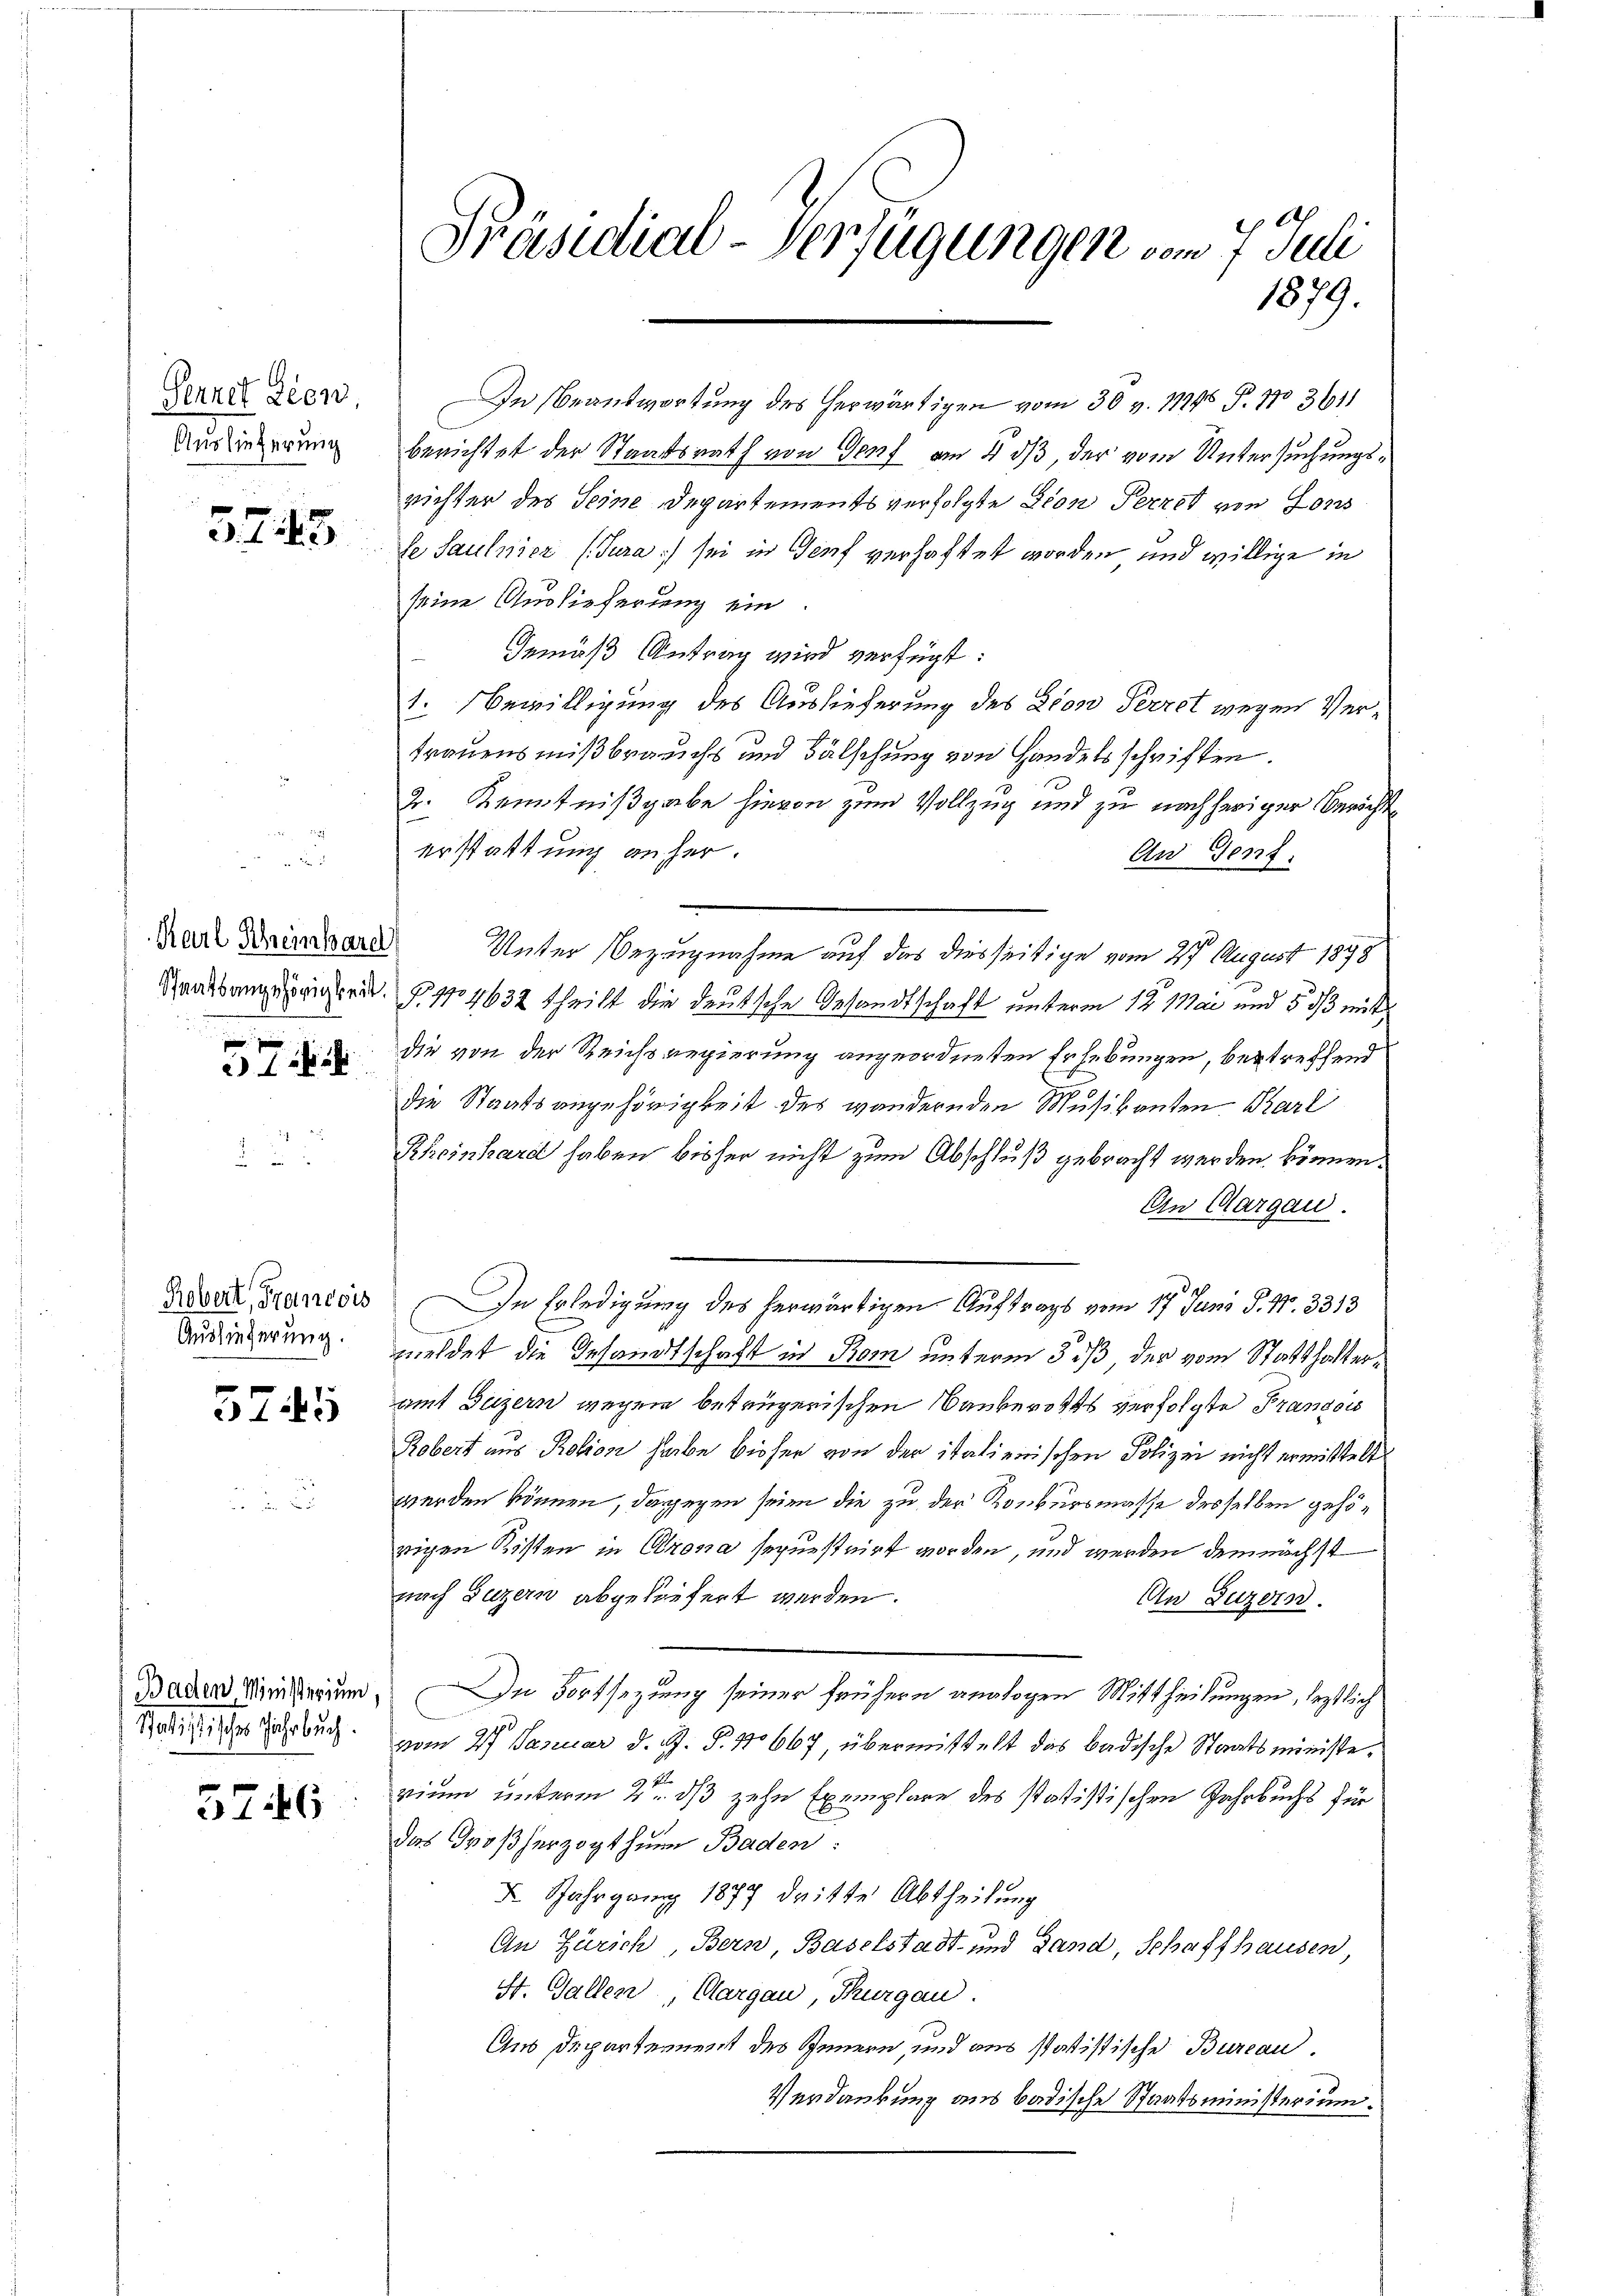
Sennet Leon,
Auslieferung

5745

Karl Schreinbare
57

Robert, Francois
Auslieferung.

5745

Baden, Ministerium.
Statistisches Jahrbuch.

5746

64
Präsidial-Verfügungen vom 7. Juli
1879.

In Beantwortung des herwärtigen vom 30 v. 11295 P. No 3611
berichtet der Staatsrath von Genf am 4. ds, der vom Untersuchungsrichter des Seine Departements verfolgte Fron Terrat von Lons
se Saulnicz (Jura) sei in Genf verhaftet worden und willige in
seine Auslieferung ein
Gemäß Antrag wird verfügt:
1. Bewilligung des Auslieferung des Dion Perret wegen Vertrauensmißbrauchs und Fälschung von Handelsschriften.
2. Kenntnißgabe hievon zum Vollzug und zu nachheriger Berichte
erstattung anher.
An Gent.
Unter Bezugnahme auf das diesseitige vom 27. August 1878
Standsangungern. F. 174632 theilt die deutsche Gesandtschaft unterm 12. Mai und 5 d mit
die von der Reichsregierung angeordneten Erhebungen, betreffend
die Staatsangehörigkeit des wandernden Musikanten Karl
Rheinhard haben bisher nicht zum Abschluß gebracht werden können.
Ein Aargau.
.
In Erledigung des herwärtigen Auftrags vom 17. Juni P. Nr. 3313
meldet die Gesandtschaft in Rom unterm 5 iß der vom Statthalteramt Luzern wegen betrügerischen Bankerotts verfolgte Franzows
Robert aus Rotion habe bisser von der italienischen Polizei nicht ermittelt
werden können, dagegen seien die zu der Konkursmasse desselben gehörigen Kisten in Crona sepuestrirt worden, und werden demnächst
nach Luzern abgeliefert werden.
An Luzern.
In Fortsezung seiner frühern analogen Mittheilungen, destlich
vom 27. Januar d. J. P. 1667, übermittelt das badische Staatsministerium unterm 2ten ds zehn Exemplare des statistischen Jahrbuchs für
das Großherzogthum Baden:
X Jahrgang 1877 dritte Abtheilung
An Zürich, Bern, Baselstadt- und Land, Schaffhausen,
St. Gallen Aargau, Thurgau.
Aus Departement des Innern, und aus statistische Bureau.
Verdankung aus badische Staatsministerium.